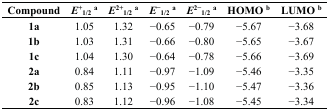
<table><thead><tr><td><b>Compound</b></td><td><b><i>E</i><sup>+</sup><sub>1/2</sub><sup>a</sup></b></td><td><b><i>E</i><sup>2+</sup><sub>1/2</sub><sup>a</sup></b></td><td><b><i>E</i><sup>−</sup><sub>1/2</sub><sup>a</sup></b></td><td><b><i>E</i><sup>2−</sup><sub>1/2</sub><sup>a</sup></b></td><td><b>HOMO <sup>b</sup></b></td><td><b>LUMO <sup>b</sup></b></td></tr></thead><tbody><tr><td><b>1a</b></td><td>1.05</td><td>1.32</td><td>−0.65</td><td>−0.79</td><td>−5.67</td><td>−3.68</td></tr><tr><td><b>1b</b></td><td>1.03</td><td>1.31</td><td>−0.66</td><td>−0.80</td><td>−5.65</td><td>−3.67</td></tr><tr><td><b>1c</b></td><td>1.04</td><td>1.30</td><td>−0.64</td><td>−0.78</td><td>−5.66</td><td>−3.69</td></tr><tr><td><b>2a</b></td><td>0.84</td><td>1.11</td><td>−0.97</td><td>−1.09</td><td>−5.46</td><td>−3.35</td></tr><tr><td><b>2b</b></td><td>0.85</td><td>1.13</td><td>−0.95</td><td>−1.10</td><td>−5.47</td><td>−3.36</td></tr><tr><td><b>2c</b></td><td>0.83</td><td>1.12</td><td>−0.96</td><td>−1.08</td><td>−5.45</td><td>−3.34</td></tr></tbody></table>